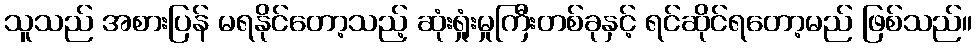
သူသည် အစားပြန် မရနိုင်တော့သည့် ဆုံးရှုံးမှုကြီးတစ်ခုနှင့် ရင်ဆိုင်ရတော့မည် ဖြစ်သည်။